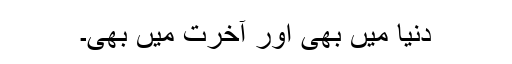
دنیا میں بھی اور آخرت میں بھی۔